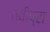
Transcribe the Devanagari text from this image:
त्वीप्रा